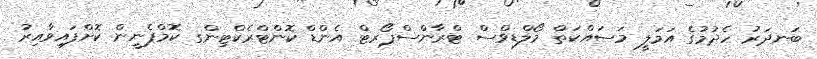
ބަނދަރު ހެދުމުގެ އަމަލީ މަސައްކަތް މޯލްޑިވްސް ޓްރާންސްޕޯރޓް އެންޑް ކޮންޓްރެކްޓިންގ ކޮމްޕެނީން ކޮށްފައިވާއިރު